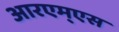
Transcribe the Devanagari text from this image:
आरएम्एस